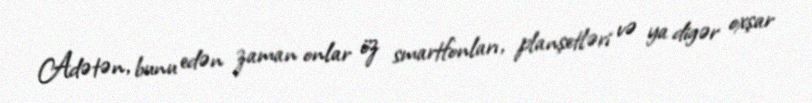
Adətən, bunu edən zaman onlar öz smartfonları, planşetləri və ya digər oxşar